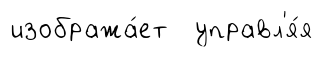
изобража́ет управл'я́я